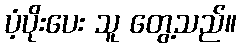
ပံ့ပိုးပေး သူ တွေ့သည်။